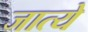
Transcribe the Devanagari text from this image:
जात्ये